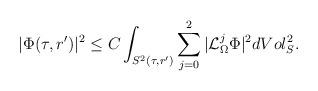
LaTeX: \begin{align*}|\Phi(\tau , r')|^2\leq C \int_{S^2(\tau ,r')} \sum_{j=0}^2 |\mathcal{L}^j_\Omega \Phi|^2 dVol_S^2.\end{align*}